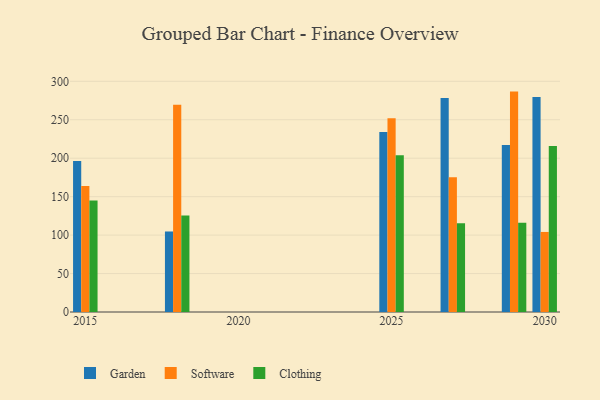
{"axis": {"x": "Year", "y": "Bounce Rate (%)"}, "legend": ["Clothing", "Garden", "Software"], "data": [{"x": "2030", "y": 279.5, "type": "Garden"}, {"x": "2030", "y": 104.1, "type": "Software"}, {"x": "2030", "y": 215.8, "type": "Clothing"}, {"x": "2027", "y": 278.3, "type": "Garden"}, {"x": "2027", "y": 175.1, "type": "Software"}, {"x": "2027", "y": 115.5, "type": "Clothing"}, {"x": "2015", "y": 196.3, "type": "Garden"}, {"x": "2015", "y": 164.0, "type": "Software"}, {"x": "2015", "y": 144.9, "type": "Clothing"}, {"x": "2018", "y": 104.7, "type": "Garden"}, {"x": "2018", "y": 269.4, "type": "Software"}, {"x": "2018", "y": 125.4, "type": "Clothing"}, {"x": "2025", "y": 234.2, "type": "Garden"}, {"x": "2025", "y": 252.1, "type": "Software"}, {"x": "2025", "y": 203.9, "type": "Clothing"}, {"x": "2029", "y": 217.2, "type": "Garden"}, {"x": "2029", "y": 286.6, "type": "Software"}, {"x": "2029", "y": 116.1, "type": "Clothing"}]}